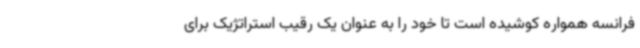
فرانسه همواره کوشیده است تا خود را به عنوان یک رقیب استراتژیک برای